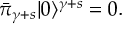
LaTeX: \bar { \pi } _ { \gamma + s } | 0 \rangle ^ { \gamma + s } = 0 .